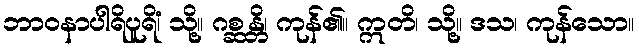
ဘာဝနာပါရိပူရိံ၊ သို့။ ဂစ္ဆန္တိ၊ ကုန်၏။ ဣတိ၊ သို့။ ဒသ၊ ကုန်သော။